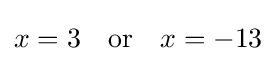
x=3\quad {\text{or}}\quad x=-13